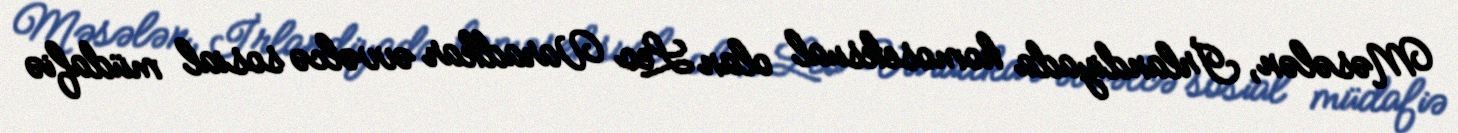
Məsələn, İrlandiyada homoseksual olan Leo Varadkar əvvəlcə sosial müdafiə